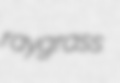
raygrass